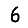
Digit: 6